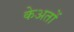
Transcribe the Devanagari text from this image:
केअतों